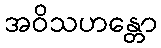
အဝိသဟန္တော